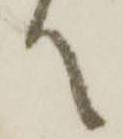
て